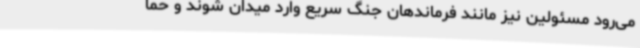
می‌رود مسئولین نیز مانند فرماندهان جنگ سریع وارد میدان شوند و حما